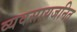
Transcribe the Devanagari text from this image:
व्यवसायजनित